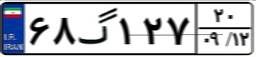
۸۷گ۸۰۹۱۴